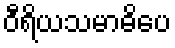
ဝီရိယသမာဓိပေ